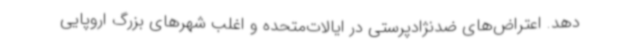
دهد. اعتراض‌های ضدنژادپرستی در ایالات‌متحده و اغلب شهرهای بزرگ اروپایی